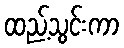
ထည့်သွင်းကာ